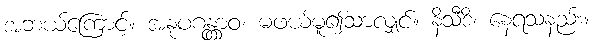
အဘယ်ကြောင့်။ အနုပဂန္တွာဝ၊ မဖယ်မူ၍သာလျှင်။ နိသီဒိ၊ နေရသနည်း။